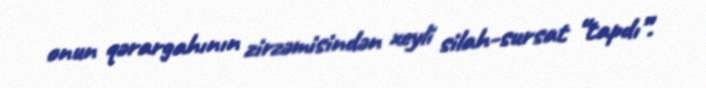
onun qərargahının zirzəmisindən xeyli silah-sursat “tapdı”.